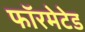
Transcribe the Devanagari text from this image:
फॉरमेटेड